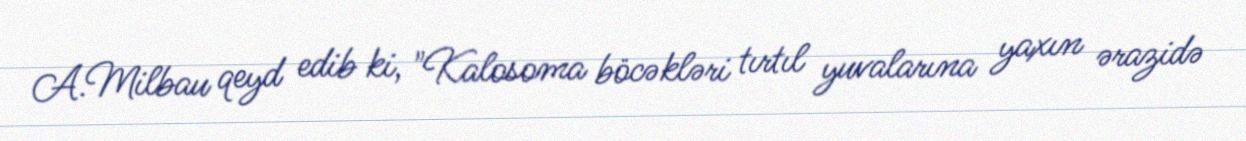
A.Milbau qeyd edib ki, "Kalosoma böcəkləri tırtıl yuvalarına yaxın ərazidə